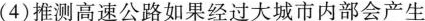
(4)推测高速公路如果经过大城市内部会产生